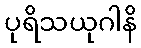
ပုရိသယုဂါနိ